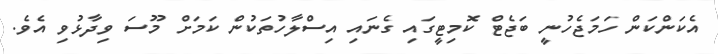
އެކަންކަން ހަމަޖެހުނީ ބަޖެޓް ކޮމިޓީގައި ގެނައި އިސްލާހުތަކުން ކަމަށް މޫސަ ވިދާޅުވި އެވެ.